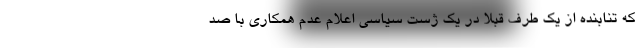
که تنابنده از یک طرف قبلاً در یک ژست سیاسی اعلام عدم همکاری با صد